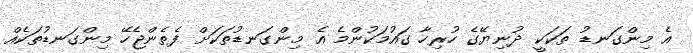
އެ މިންގަނޑު ތަކަކީ ދުނިޔޭގެ ހުރިހާ ގައުމަކުންމެ އެ މިންގަނޑުތަކަށް ފެތެންޖެހޭ މިންގަނޑުތަކެއް